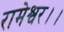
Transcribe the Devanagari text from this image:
रामेश्वर।।